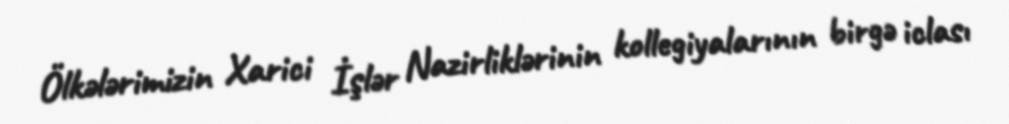
Ölkələrimizin Xarici İşlər Nazirliklərinin kollegiyalarının birgə iclası